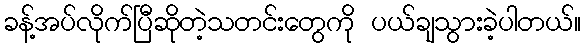
ခန့်အပ်လိုက်ပြီဆိုတဲ့သတင်းတွေကို ပယ်ချသွားခဲ့ပါတယ်။